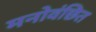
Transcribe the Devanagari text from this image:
मनोवंछित